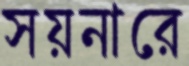
সয়নারে